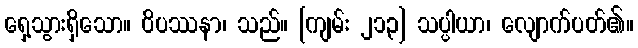
ရှေ့သွားရှိသော။ ဝိပဿနာ၊ သည်။ [ကျမ်း ၂၁၃] သပ္ပါယာ၊ လျောက်ပတ်၏။